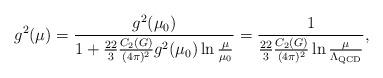
LaTeX: \begin{align*}g^2(\mu) = {g^2(\mu_0) \over 1+ {22 \over 3}{C_2(G) \over (4\pi)^2}g^2(\mu_0) \ln {\mu \over \mu_0}} = {1 \over {22 \over 3}{C_2(G) \over (4\pi)^2} \ln {\mu \over \Lambda_{\rm QCD}}} ,\end{align*}